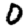
Digit: 0